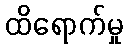
ထိရောက်မှု